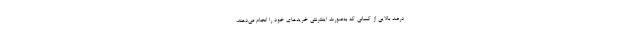
درصد بالایی از کسانی که به‌صورت اینترنتی خریدهای خود را انجام می‌دهند،